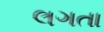
લગતા